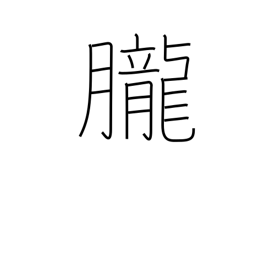
Meaning: dreaminess